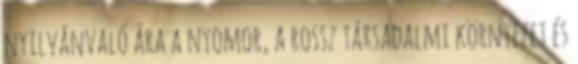
nyilvánvaló ára a nyomor, a rossz társadalmi környezet és